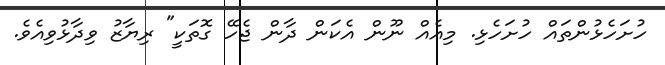
ހުށަހެޅުންތައް ހުށަހެޅި. މިއެއް ނޫން އެކަން ދާން ޖެހޭ ގޮތަކީ" ރިޔާޒު ވިދާޅުވިއެވެ.